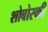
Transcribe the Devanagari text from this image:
शोबोस्की